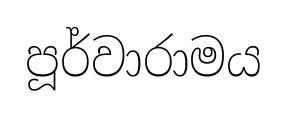
පූර්වාරාමය